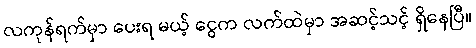
လကုန်ရက်မှာ ပေးရ မယ့် ငွေက လက်ထဲမှာ အဆင့်သင့် ရှိနေပြီ။